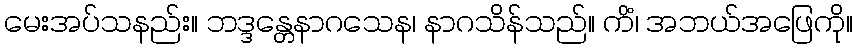
မေးအပ်သနည်း။ ဘဒ္ဒန္တေနာဂသေန၊ နာဂသိန်သည်။ ကိံ၊ အဘယ်အဖြေကို။